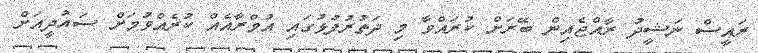
ރައީސް ނަޝީދު ރާއްޖެއިން ބޭރަށް ކުރައްވާ މި ދަތުރުފުޅުގައި އުމްރާއެއް ކުރެއްވުމަށް ސައުދީއަށް